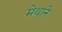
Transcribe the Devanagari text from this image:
मेथाने